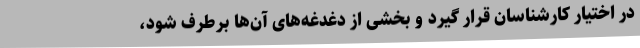
در اختیار کارشناسان قرار گیرد و بخشی از دغدغه‌های آن‌ها برطرف شود،